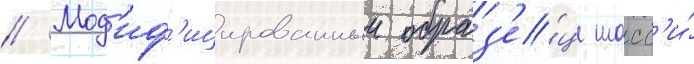
// Мод'иф'ицированныи образ'е́ц шасс'и́